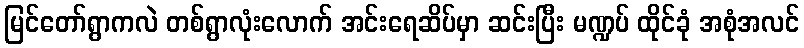
မြင်တော်ရွာကလဲ တစ်ရွာလုံးလောက် အင်းရေဆိပ်မှာ ဆင်းပြီး မဏ္ဍပ် ထိုင်ခုံ အစုံအလင်